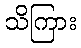
သိကြား